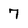
Character: 7